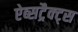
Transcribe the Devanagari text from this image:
ऐब्सट्रैक्ट्स